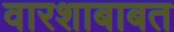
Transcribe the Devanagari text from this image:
वारशाबाबत